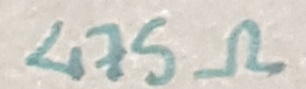
Text: 475Ω